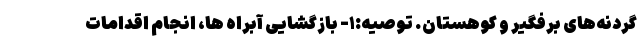
گردنه‌های برفگیر و کوهستان. توصیه:۱- بازگشایی آبراه ها، انجام اقدامات